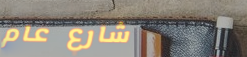
شارع عام